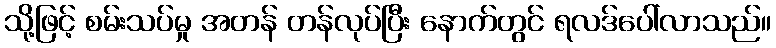
သို့ဖြင့် စမ်းသပ်မှု အတန် တန်လုပ်ပြီး နောက်တွင် ရလဒ်ပေါ်လာသည်။